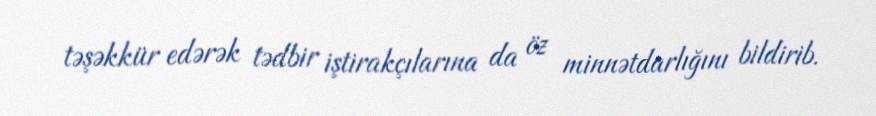
təşəkkür edərək tədbir iştirakçılarına da öz minnətdarlığını bildirib.